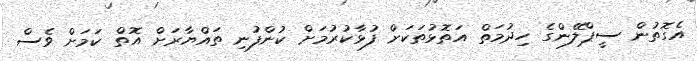
އެގޮތުން ސީޕްލޭންގެ ހިދުމަތް އަތޮޅުތަކަށް ފުޅާކުރުމަށް ކުންފުނި ތައްޔާރަށް އޮތް ކަމަށް ވެސް